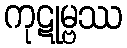
ကုဋုမ္ဗဿ